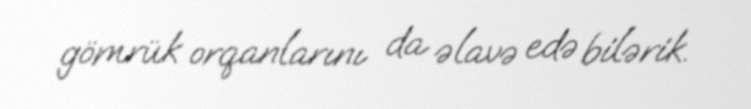
gömrük orqanlarını da əlavə edə bilərik.